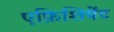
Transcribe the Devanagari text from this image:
एफ़िशियेंट